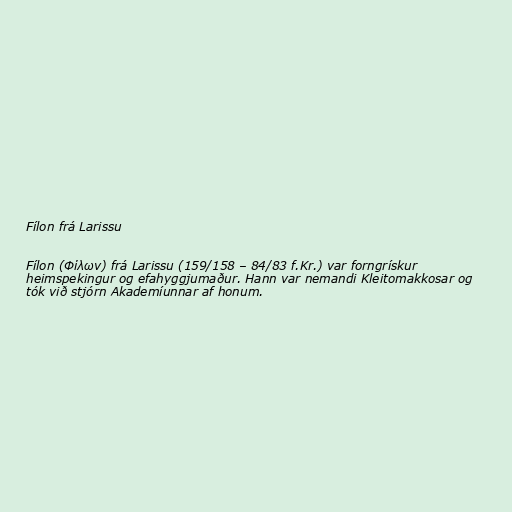
Fílon frá Larissu

Fílon (Φίλων) frá Larissu (159/158 – 84/83 f.Kr.) var forngrískur
heimspekingur og efahyggjumaður. Hann var nemandi Kleitomakkosar og
tók við stjórn Akademíunnar af honum.